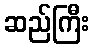
ဆည်ကြီး